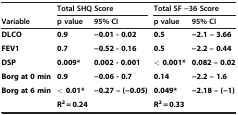
<table><thead><tr><td><b> </b></td><td colspan="2"><b>Total SHQ Score</b></td><td colspan="2"><b>Total SF −36 Score</b></td></tr><tr><td><b>Variable</b></td><td><b>p value</b></td><td><b>95% CI</b></td><td><b>p value</b></td><td><b>95% CI</b></td></tr></thead><tbody><tr><td><b>DLCO</b></td><td><b>0.9</b></td><td><b>−0.01 - 0.02</b></td><td><b>0.5</b></td><td><b>−2.1 – 3.66</b></td></tr><tr><td><b>FEV1</b></td><td><b>0.7</b></td><td><b>−0.52 - 0.16</b></td><td><b>0.5</b></td><td><b>−2.2 – 0.44</b></td></tr><tr><td><b>DSP</b></td><td><b>0.009*</b></td><td><b>0.002 - 0.001</b></td><td><b>&lt; 0.001*</b></td><td><b>0.082 – 0.02</b></td></tr><tr><td><b>Borg at 0 min</b></td><td><b>0.9</b></td><td><b>−0.06 - 0.7</b></td><td><b>0.14</b></td><td><b>−2.2 – 1.6</b></td></tr><tr><td><b>Borg at 6 min</b></td><td><b>&lt; 0.01*</b></td><td><b>−0.27 – (−0.05)</b></td><td><b>0.049*</b></td><td><b>−2.18 – (−1)</b></td></tr><tr><td> </td><td><b>R</b><sup><b>2</b></sup> <b>= 0.24</b></td><td> </td><td><b>R</b><sup><b>2</b></sup> <b>= 0.33</b></td><td> </td></tr></tbody></table>